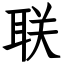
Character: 联